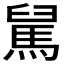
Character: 𩣅